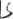
Text: S